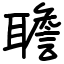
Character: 聸